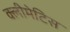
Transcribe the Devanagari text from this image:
क्लीमेटिस